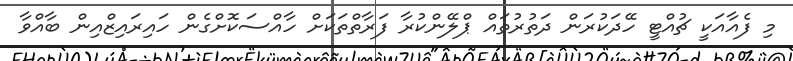
މި ފެއާއަކީ ޗުއްޓީ ހޭދަކުރަން ދަތުރުތައް ޕްލޭންކުރާ ފަރާތްތަކަށް ހާއްސަކޮށްގެން ހައިރައިޒްއިން ބާއްވާ